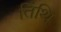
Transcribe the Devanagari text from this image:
तिंथि